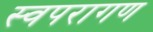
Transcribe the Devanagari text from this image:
स्वपरागण